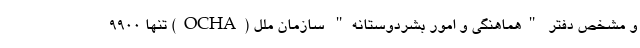
و مشخص دفتر "هماهنگی و امور بشردوستانه" سازمان ملل (OCHA) تنها 9900